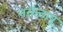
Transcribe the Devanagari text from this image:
नरॉन्टापू